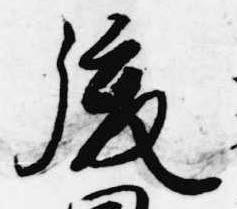
後